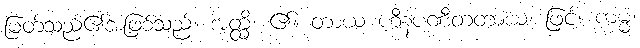
မြတ်သည်၏အဖြစ်သည်။ အတ္ထိ၊ ၏။ တာယ ဟီနပဏီတတာယ၊ ဖြင့်။ ကမ္မံ၊